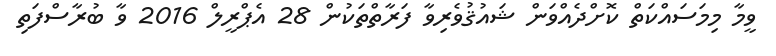
ވީމާ މިމަސައްކަތް ކޮށްދެއްވަން ޝައުޤުވެރިވާ ފަރާތްތަކުން 28 އެޕްރީލް 2016 ވާ ބުރާސްފަތި